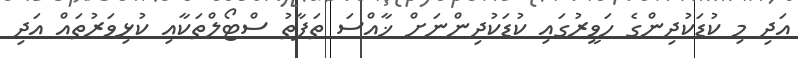
އަދި މި ކުޑަކުދިންގެ ހަވީރުގައި ކުޑަކުދިންނަށް ޚާއްސަ ތަފާތު ސްޓޯލްތަކާއި ކުޅިވަރުތައް އަދި